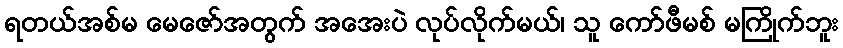
ရတယ်အစ်မ မေဇော်အတွက် အအေးပဲ လုပ်လိုက်မယ်၊ သူ ကော်ဖီမစ် မကြိုက်ဘူး